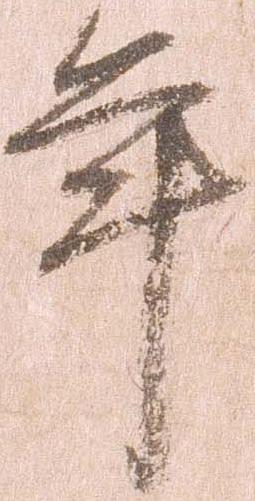
年